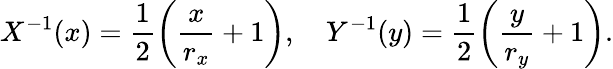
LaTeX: X^{-1}(x)=\frac{1}{2}\left(\frac{x}{r_{x}}+1\right),\quad Y^{-1}(y)=\frac{1}{2}\left(\frac{y}{r_{y}}+1\right).